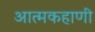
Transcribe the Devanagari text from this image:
आत्मकहाणी